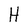
Character: H